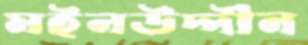
মইনউদ্দীন